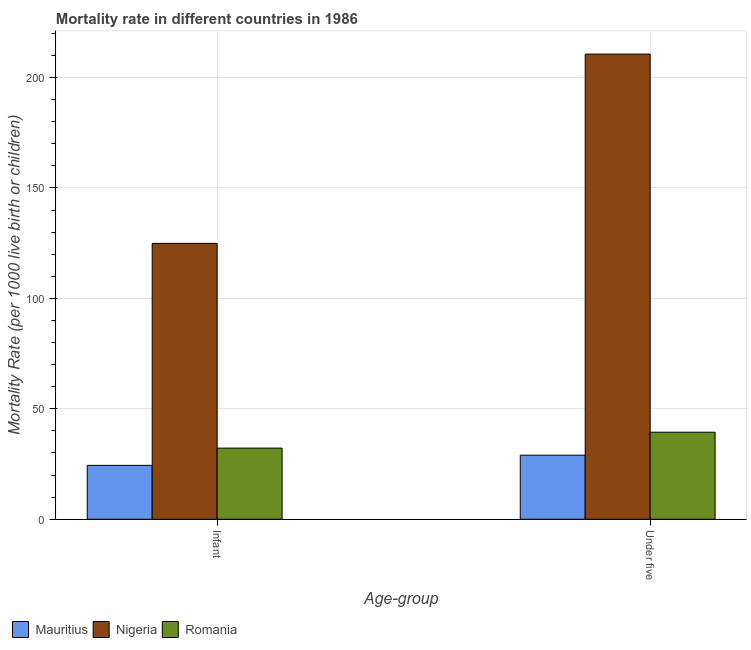
| Age-group | Mauritius | Nigeria | Romania |
 | --- | --- | --- | --- |
 | Infant | 24.4 | 125 | 32.2 |
 | Under five | 29 | 211 | 39.4 |